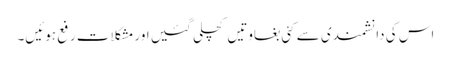
اس کی دانشمندی سے کئی بغاوتیں کچلی گئیں اور مشکلات رفع ہوئیں۔